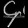
Digit: ၄